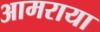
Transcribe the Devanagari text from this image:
आमराया